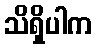
သိရှိပါက